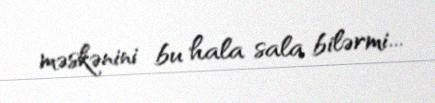
məskənini bu hala sala bilərmi...